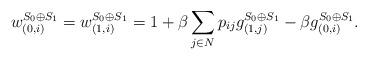
LaTeX: \begin{align*}w^{S_0 \oplus S_1}_{(0, i)} =w^{S_0 \oplus S_1}_{(1, i)} = 1 + \beta \sum_{j \in N} p_{ij} g^{S_0 \oplus S_1}_{(1, j)} - \beta g^{S_0 \oplus S_1}_{(0, i)}.\end{align*}